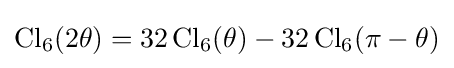
\operatorname {Cl} _{6}(2\theta )=32\operatorname {Cl} _{6}(\theta )-32\operatorname {Cl} _{6}(\pi -\theta )